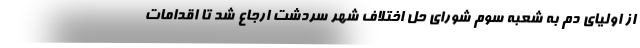
از اولیای دم به شعبه سوم شورای حل اختلاف شهر سردشت ارجاع شد تا اقدامات